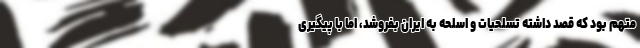
متهم بود که قصد داشته تسلحیات و اسلحه به ایران بفروشد، اما با پیگیری